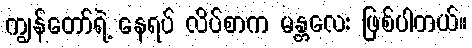
ကျွန်တော်ရဲ့ နေရပ် လိပ်စာက မန္တလေး ဖြစ်ပါတယ်။